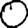
Digit: 0